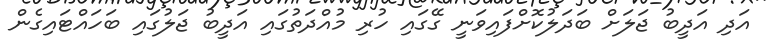
އަދި އަދީބު ޖަލަށް ބަދަލުކޮށްފައިވަނީ ގޭގައި ހުރި މުއްދަތުގައި އަދީބު ޖަލުގައި ބަހައްޓައިގެން